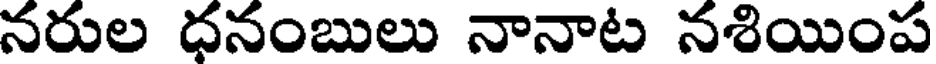
నరుల ధనంబులు నానాట నశియింప